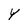
Character: Y